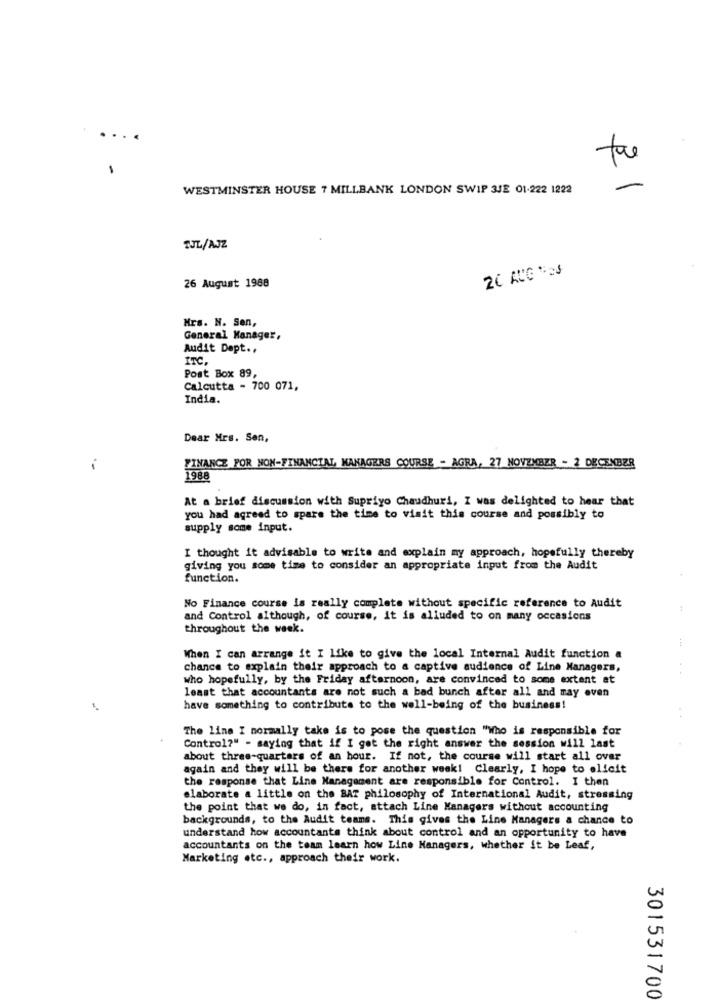
WESTMINSTER HOUSE 7 MILLBANK LONDON SWIP 3JE 01-222 1222
-
TJL/AJZ
26 August 1988
Mrs. N. Sen,
General Manager,
Audit Dept .,
Post Box 89,
Calcutta - 700 071,
India.
Dear Mrs. Sen,
.-
FINANCE FOR NON-FINANCIAL MANAGERS COURSE - AGRA, 27 NOVEMBER - 2 DECEMBER
1988
At a brief discussion with Supriyo Chaudhuri, I was delighted to hear that
you had agreed to spare the time to visit this course and possibly to
supply some input.
I thought it advisable to write and explain my approach, hopefully thereby
giving you some time to consider an appropriate input from the Audit
function.
No Finance course is really complete without specific reference to Audit
and Control although, of course, it is alluded to on many occasions
throughout the week.
When I can arrange it I like to give the local Internal Audit function &
chance to explain their approach to a captive audience of Line Managers,
who hopefully, by the Friday afternoon, are convinced to some extent at
least that accountants are not such a bad bunch after all and may even
-*
have something to contribute to the well-being of the business!
The line I normally take is to pose the question "Who is responsible for
Control?" - saying that if I got the right answer the session will last
about three-quarters of an hour. If not, the course will start all over
again and they will be there for another week! Clearly, I hope to elicit
the response that Line Management are responsible for Control. I then
elaborate a little on the BAT philosophy of International Audit, stressing
the point that we do, in fact, attach Line Managers without accounting
backgrounds, to the Audit teams. This gives the Line Managers a chance to
understand how accountants think about control and an opportunity to have
accountants on the team learn how Line Managers, whether it be Leaf,
Marketing etc ., approach their work.
301531700